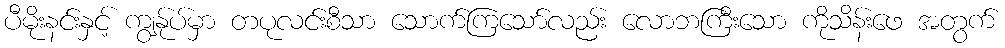
ပီမိုးနင်းနှင့် ကျွန်ုပ်မှာ တပုလင်းစီသာ သောက်ကြသော်လည်း လောဘကြီးသော ကိုသိန်းဖေ အတွက်